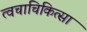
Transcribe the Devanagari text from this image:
त्वचाचिकित्सा